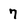
Character: 7